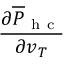
\frac { \partial \overline { { P } } _ { \mathrm { ~ h ~ c ~ } } } { \partial v _ { T } }